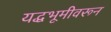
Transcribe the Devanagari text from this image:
यद्धभूमीवरून